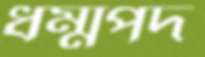
ধম্মপদ